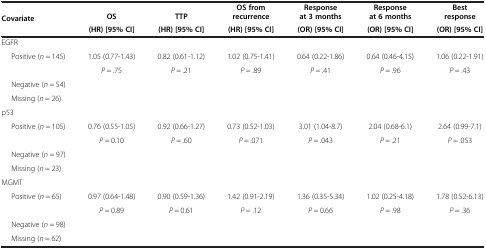
| <ROWSPAN=2> Covariate | OS | TTP | OS from recurrence | Response at 3 months | Response at 6 months | Best response |
 | (HR) [95% CI] | (HR) [95% CI] | (HR) [95% CI] | (OR) [95% CI] | (OR) [95% CI] | (OR) [95% CI] |
 | --- | --- | --- | --- | --- | --- | --- |
 | EGFR |  |  |  |  |  |  |
 | <ROWSPAN=2> Positive (n = 145) | 1.05 (0.77-1.43) | 0.82 (0.61-1.12) | 1.02 (0.75-1.41) | 0.64 (0.22-1.86) | 0.64 (0.46-4.15) | 1.06 (0.22-1.91) |
 | P = .75 | P = .21 | P = .89 | P = .41 | P = .96 | P = .43 |
 | Negative (n = 54) |  |  |  |  |  |  |
 | Missing (n = 26) |  |  |  |  |  |  |
 | p53 |  |  |  |  |  |  |
 | <ROWSPAN=2> Positive (n = 105) | 0.76 (0.55-1.05) | 0.92 (0.66-1.27) | 0.73 (0.52-1.03) | 3.01 (1.04-8.7) | 2.04 (0.68-6.1) | 2.64 (0.99-7.1) |
 | P = 0.10 | P = .60 | P = .071 | P = .043 | P = .21 | P = .053 |
 | Negative (n = 97) |  |  |  |  |  |  |
 | Missing (n = 23) |  |  |  |  |  |  |
 | MGMT |  |  |  |  |  |  |
 | <ROWSPAN=2> Positive (n = 65) | 0.97 (0.64-1.48) | 0.90 (0.59-1.36) | 1.42 (0.91-2.19) | 1.36 (0.35-5.34) | 1.02 (0.25-4.18) | 1.78 (0.52-6.13) |
 | P = 0.89 | P = 0.61 | P = .12 | P = 0.66 | P = .98 | P = .36 |
 | Negative (n = 98) |  |  |  |  |  |  |
 | Missing (n = 62) |  |  |  |  |  |  |